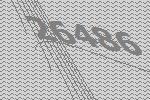
26486